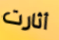
أثارت